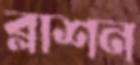
ব্লাশন